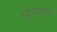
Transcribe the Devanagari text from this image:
थोपवता